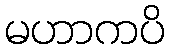
မဟာကပိ